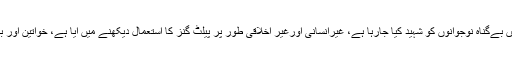
بریفنگ میں بتایا گیا کہ مقبوضہ کشمیرمیں بےگناہ نوجوانوں کو شہید کیا جارہا ہے، غیرانسانی اورغیر اخلاقی طور پر پیلٹ گنز کا استعمال دیکھنے میں آیا ہے، خواتین اور بچوں کو پیلٹ گنز کا نشانہ بنایا جارہا ہے۔